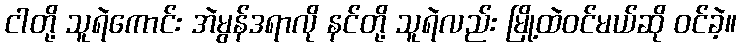
ငါတို့ သူရဲကောင်း အဲမွန်ဒရာလို နင်တို့ သူရဲလည်း မြို့ထဲဝင်မယ်ဆို ဝင်ခဲ့။